Tezpur Lunatic Asylum reports 1877-1894 - 1877-1894
Year: 1877
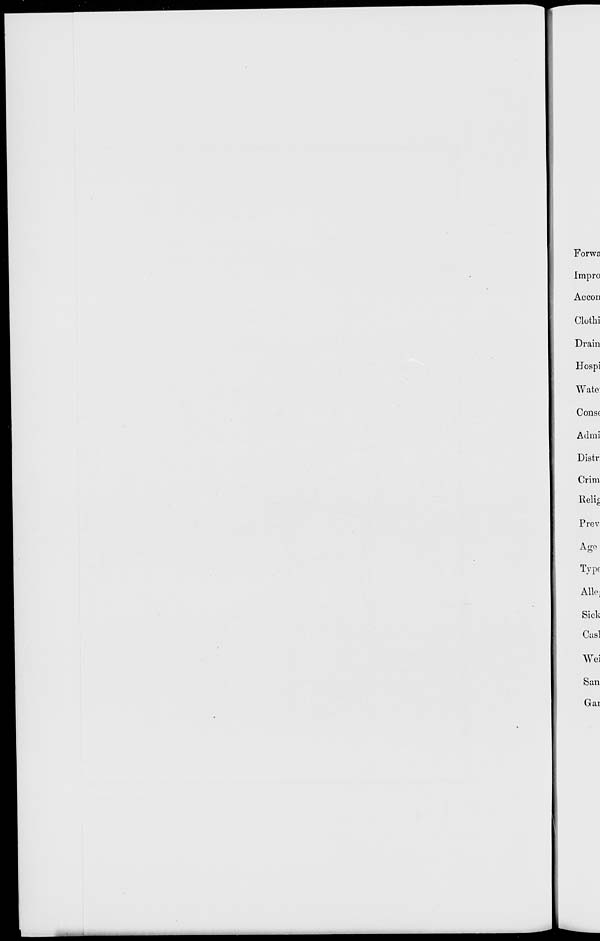
Forwa
Impro
Accon
Olothi
Drain
Hospi
Wate:
Consc
Admi
Distr
Grim
Relic
Prev
Ago
Type
Allej
Sick
Casl
Wei
San
Gar